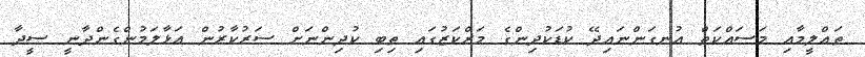
ތަޢްލީމާއި މަސައްކަތް އުނގަންނައިދޭ ކުޑަކުދިންގެ މަރްކަޒުގައި ތިބި ކުދިންނަށް ސަރުކާރުން އަޅާލަމުންގެންދާނީ ސީދާ